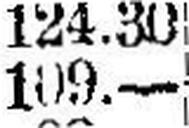
109.—